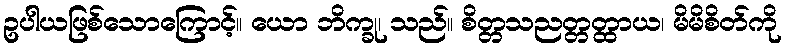
ဥပါယဖြစ်သောကြောင့်။ ယော ဘိက္ခု၊ သည်။ စိတ္တသညတ္တတ္ထာယ၊ မိမိစိတ်ကို